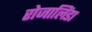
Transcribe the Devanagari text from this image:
रोजालिंडा